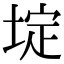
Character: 埞